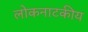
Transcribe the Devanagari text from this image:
लोकनाटकीय